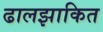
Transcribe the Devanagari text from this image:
ढालझाकित